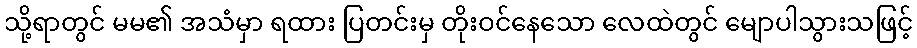
သို့ရာတွင် မမ၏ အသံမှာ ရထား ပြတင်းမှ တိုးဝင်နေသော လေထဲတွင် မျောပါသွားသဖြင့်